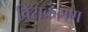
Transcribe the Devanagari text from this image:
विंसक्रमण